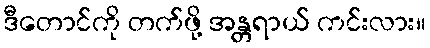
ဒီတောင်ကို တက်ဖို့ အန္တရာယ် ကင်းလား။